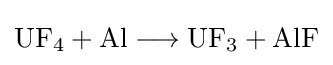
\mathrm {UF_{4}+Al\longrightarrow UF_{3}+AlF}